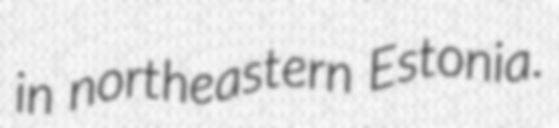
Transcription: in northeastern Estonia.